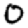
Digit: 0